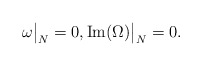
\begin{align*}\omega\big|_{N}=0, {\rm Im}(\Omega)\big|_{N}=0.\end{align*}